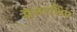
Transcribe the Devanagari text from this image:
सैंसरशिप